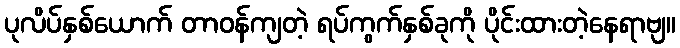
ပုလိပ်နှစ်ယောက် တာဝန်ကျတဲ့ ရပ်ကွက်နှစ်ခုကို ပိုင်းထားတဲ့နေရာဗျ။